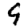
Digit: 9